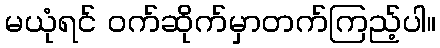
မယုံရင် ဝက်ဆိုက်မှာတက်ကြည့်ပါ။